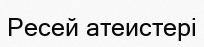
Ресей атеистері